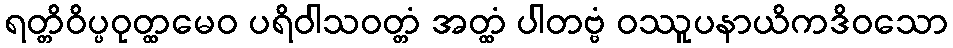
ရတ္တိဝိပ္ပဝုတ္ထမေဝ ပရိဝါသဝတ္တံ အတ္ထံ ပါတဗ္ဗံ ဝဿူပနာယိကဒိဝသော